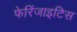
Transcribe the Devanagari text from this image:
फेरिंजाइटिस